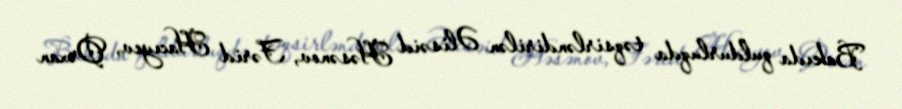
Bakıda quldurluqda təqsirləndirilən Əlisəid Həsənov, Fərid Hacıyev, Orxan